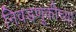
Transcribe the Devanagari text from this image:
निवडणूकीच्या